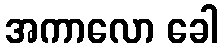
အကာလော ခေါ